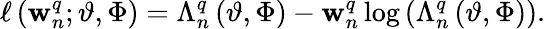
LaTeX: \ell\left(\mathbf{w}_{n}^{q};\vartheta,\Phi\right)=\Lambda_{n}^{q}\left(\vartheta,\Phi\right)-\mathbf{w}_{n}^{q}\log\left(\Lambda_{n}^{q}\left(\vartheta,\Phi\right)\right).